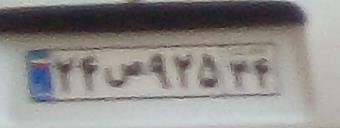
۲۴ص۹۲۵۳۴